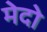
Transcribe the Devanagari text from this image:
मेदो